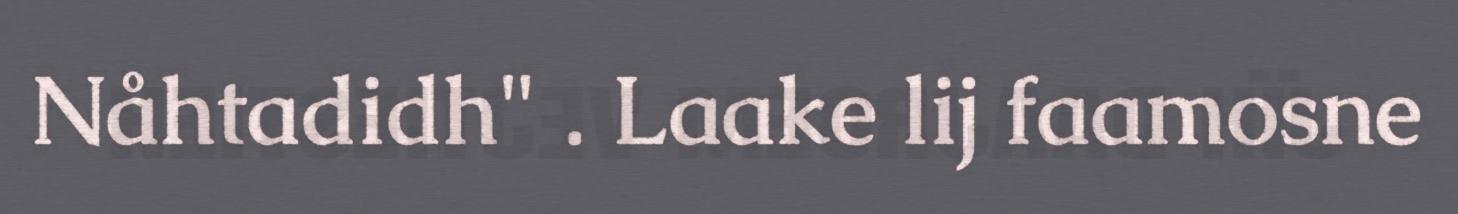
Nåhtadidh" . Laake lij faamosne